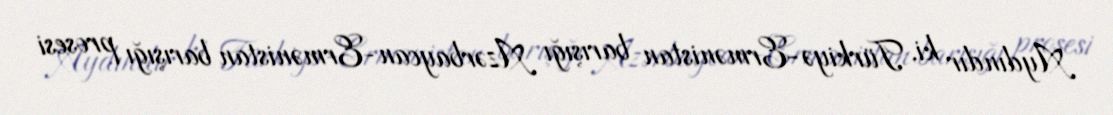
Aydındır ki, Türkiyə-Ermənistan barışığı Azərbaycan-Ermənistan barışığı prosesi